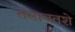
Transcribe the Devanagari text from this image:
तसाचतशे